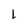
Character: 1